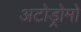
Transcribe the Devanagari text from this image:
अटोड्रोमो